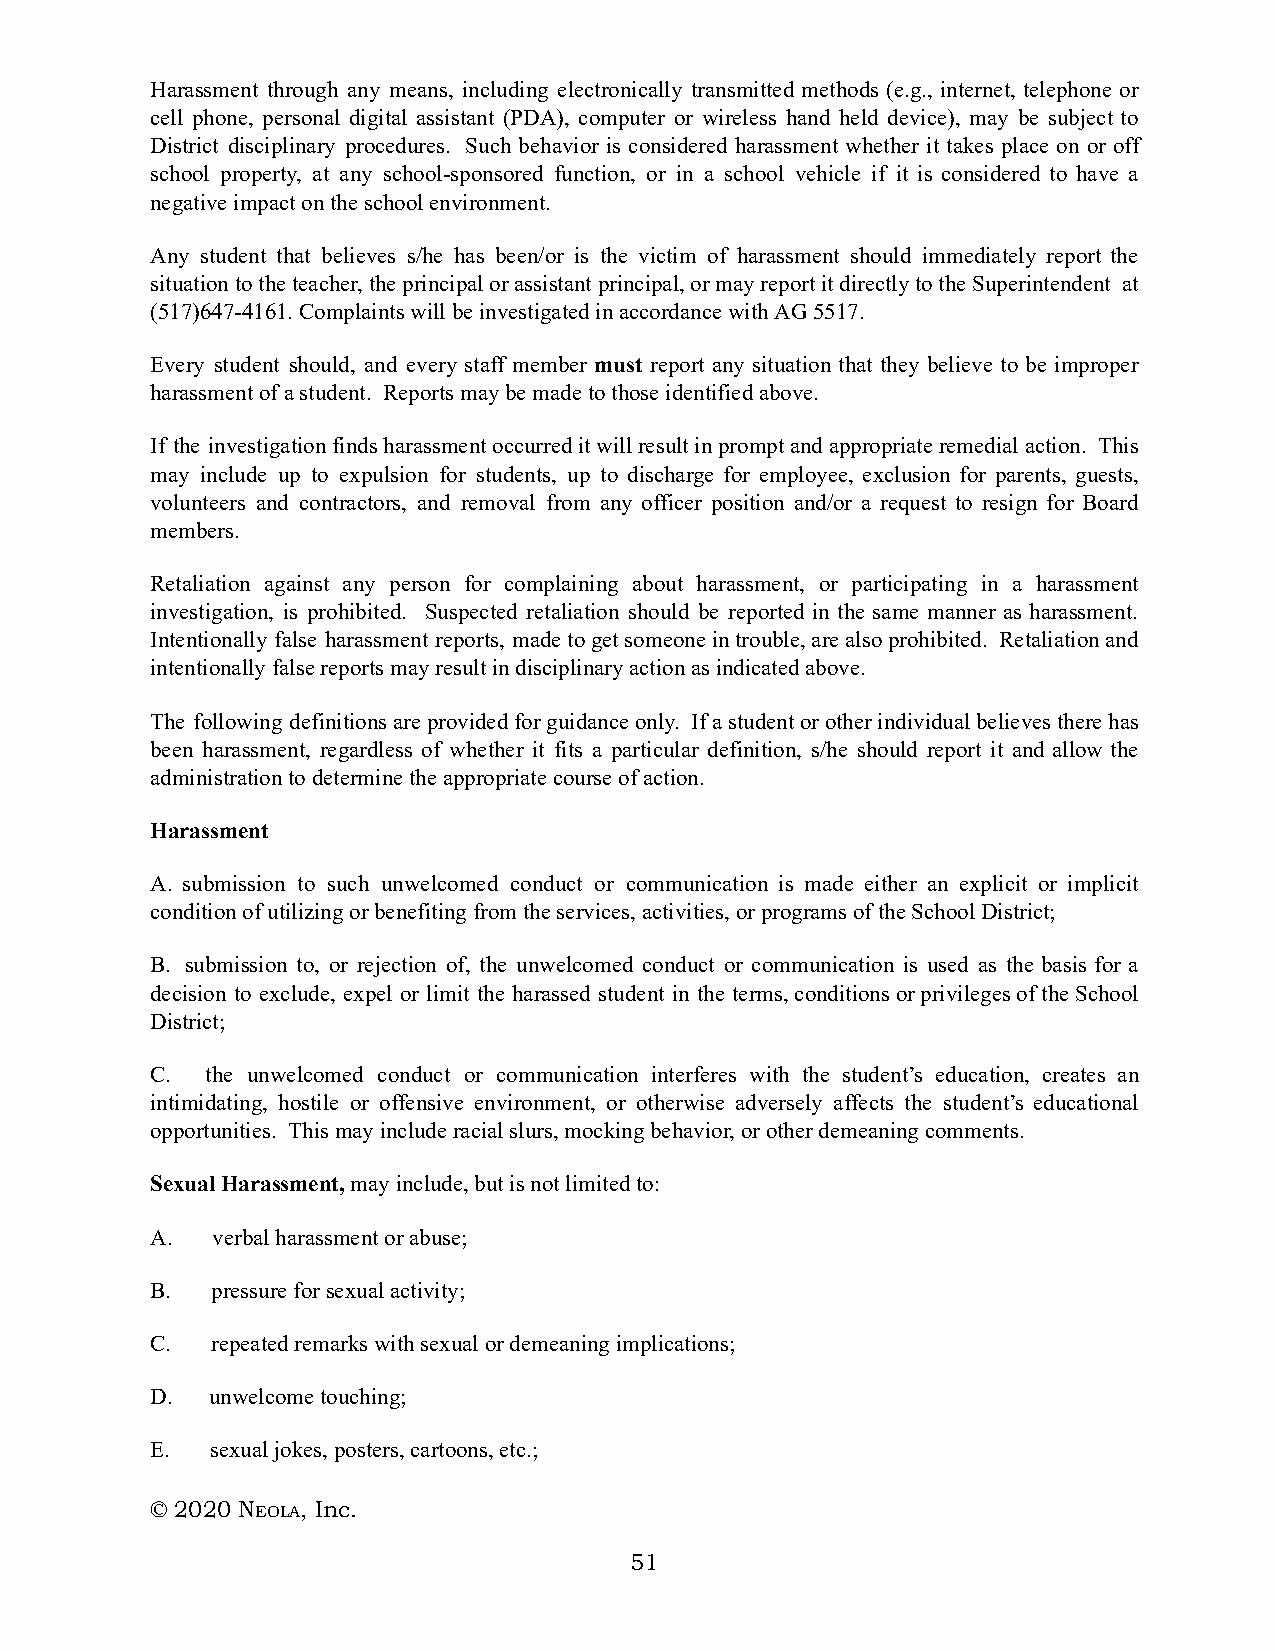
Harassment through any means, including electronically transmitted methods (e.g., internet, telephone or
 cell phone, personal digital assistant (PDA), computer or wireless hand held device), may be subject to
 District disciplinary procedures. Such behavior is considered harassment whether it takes place on or off
 school property, at any school-sponsored function, or in a school vehicle if it is considered to have a
 negative impact on the school environment.
 Any student that believes s/he has been/or is the victim of harassment should immediately report the
 situation to the teacher, the principal or assistant principal, or may report it directly to the Superintendent at
 (517)647-4161. Complaints will be investigated in accordance with AG 5517.
 Every student should, and every staff member must report any situation that they believe to be improper
 harassment of a student. Reports may be made to those identified above.
 If the investigation finds harassment occurred it will result in prompt and appropriate remedial action. This
 may include up to expulsion for students, up to discharge for employee, exclusion for parents, guests,
 volunteers and contractors, and removal from any officer position and/or a request to resign for Board
 members.
 Retaliation against any person for complaining about harassment, or participating in a harassment
 investigation, is prohibited. Suspected retaliation should be reported in the same manner as harassment.
 Intentionally false harassment reports, made to get someone in trouble, are also prohibited. Retaliation and
 intentionally false reports may result in disciplinary action as indicated above.
 The following definitions are provided for guidance only. If a student or other individual believes there has
 been harassment, regardless of whether it fits a particular definition, s/he should report it and allow the
 administration to determine the appropriate course of action.
 Harassment
 A. submission to such unwelcomed conduct or communication is made either an explicit or implicit
 condition of utilizing or benefiting from the services, activities, or programs of the School District;
 B. submission to, or rejection of, the unwelcomed conduct or communication is used as the basis for a
 decision to exclude, expel or limit the harassed student in the terms, conditions or privileges of the School
 District;
 C.  the unwelcomed conduct or communication interferes with the student’s education, creates an
 intimidating, hostile or offensive environment, or otherwise adversely affects the student’s educational
 opportunities. This may include racial slurs, mocking behavior, or other demeaning comments.
 Sexual Harassment, m ay include, but is not limited to:
 A.  verbal harassment or abuse;
 B.  pressure for sexual activity;
 C.  repeated remarks with sexual or demeaning implications;
 D.  unwelcome touching;
 E.  sexual jokes, posters, cartoons, etc.;
 © 2020 NE OLA, Inc.
 51